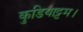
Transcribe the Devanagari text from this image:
कुडियाट्टम।